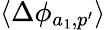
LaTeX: \langle\Delta\phi_{a_{1},p^{\prime}}\rangle